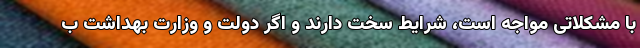
با مشکلاتی مواجه است، شرایط سخت دارند و اگر دولت و وزارت بهداشت ب